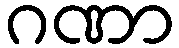
ဂဏာ